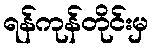
ရန်ကုန်တိုင်းမှ